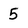
Character: 5